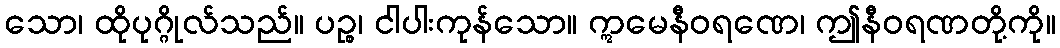
သော၊ ထိုပုဂ္ဂိုလ်သည်။ ပဉ္စ၊ ငါပါးကုန်သော။ ဣမေနီဝရဏေ၊ ဤနီဝရဏတို့ကို။